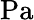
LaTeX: \textrm{Pa}